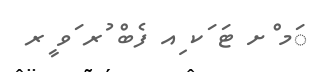
ަމ ްށ ޓަ ަކ ިއ ފެބް ުރ ަވ ީރ